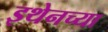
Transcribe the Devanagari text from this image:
इथेनच्या